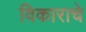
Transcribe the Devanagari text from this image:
विकाराचे